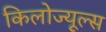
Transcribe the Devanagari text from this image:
किलोज्यूल्स